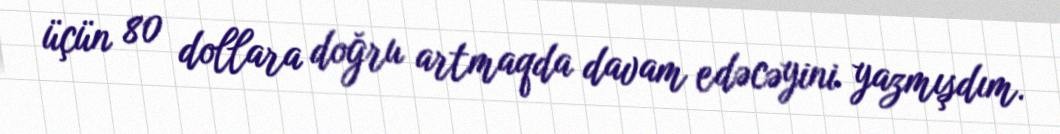
üçün 80 dollara doğru artmaqda davam edəcəyini yazmışdım.